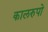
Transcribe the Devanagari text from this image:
कालरुपो